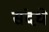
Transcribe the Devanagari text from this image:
संदधे